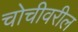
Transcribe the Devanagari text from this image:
चोचीवरील